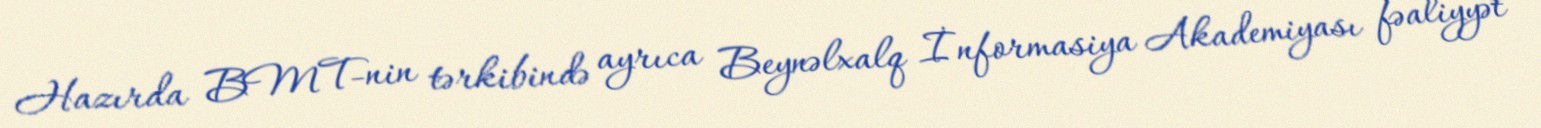
Hazırda BMT-nin tərkibində ayrıca Beynəlxalq İnformasiya Akademiyası fəaliyyət